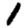
Digit: 1